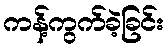
ကန့်ကွက်ခဲ့ခြင်း